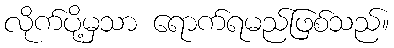
လိုက်ပို့မှသာ ရောက်ရမည်ဖြစ်သည်။